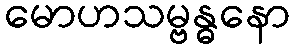
မောဟသမ္ဗန္ဓနော